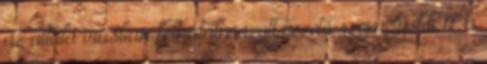
az általa írásban felhatalmazott vezető személy, bb 17 a